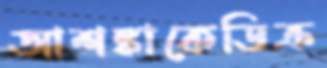
আশঙ্কাকেডিক্র